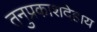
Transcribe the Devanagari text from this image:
तनुप्रकाशदेहाय